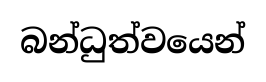
බන්ධුත්වයෙන්